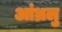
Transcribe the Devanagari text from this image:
आंध्रलु